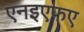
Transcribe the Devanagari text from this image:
एनइएफए